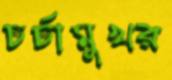
চর্চামুখর